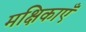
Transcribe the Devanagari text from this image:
मक्षिकाएँ